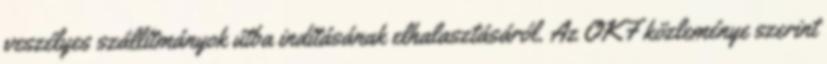
veszélyes szállítmányok útba indításának elhalasztásáról. Az OKF közleménye szerint